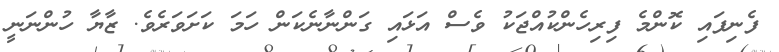
ފެނިފައި ކޮންމެ ފިރިހެންކުއްޖަކު ވެސް އަޅައި ގަންނާނެކަން ހަމަ ކަށަވަރެވެ. ޒާޔާ ހުންނަނީ